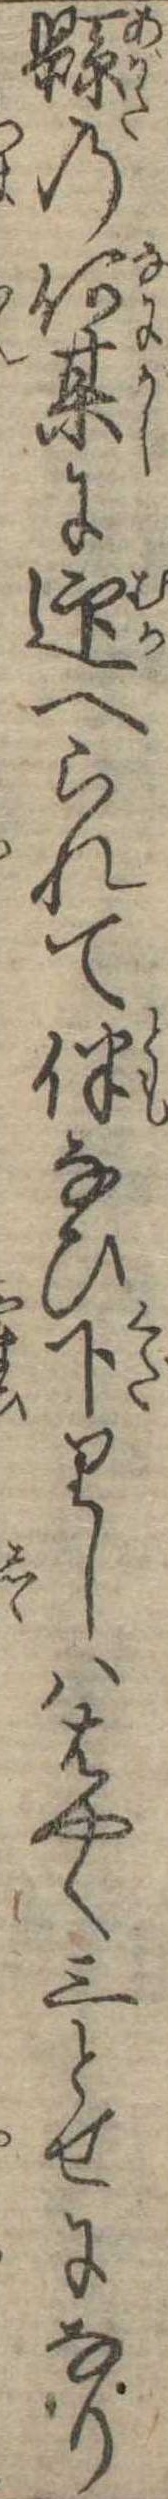
県の何某に迎へられて伴なひ下りしははやく三とせになり